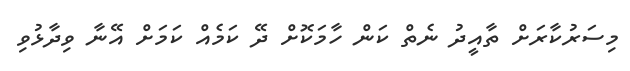
މިސަރުކާރަށް ތާއީދު ނެތް ކަން ހާމަކޮށް ދޭ ކަމެއް ކަމަށް އޭނާ ވިދާޅުވި